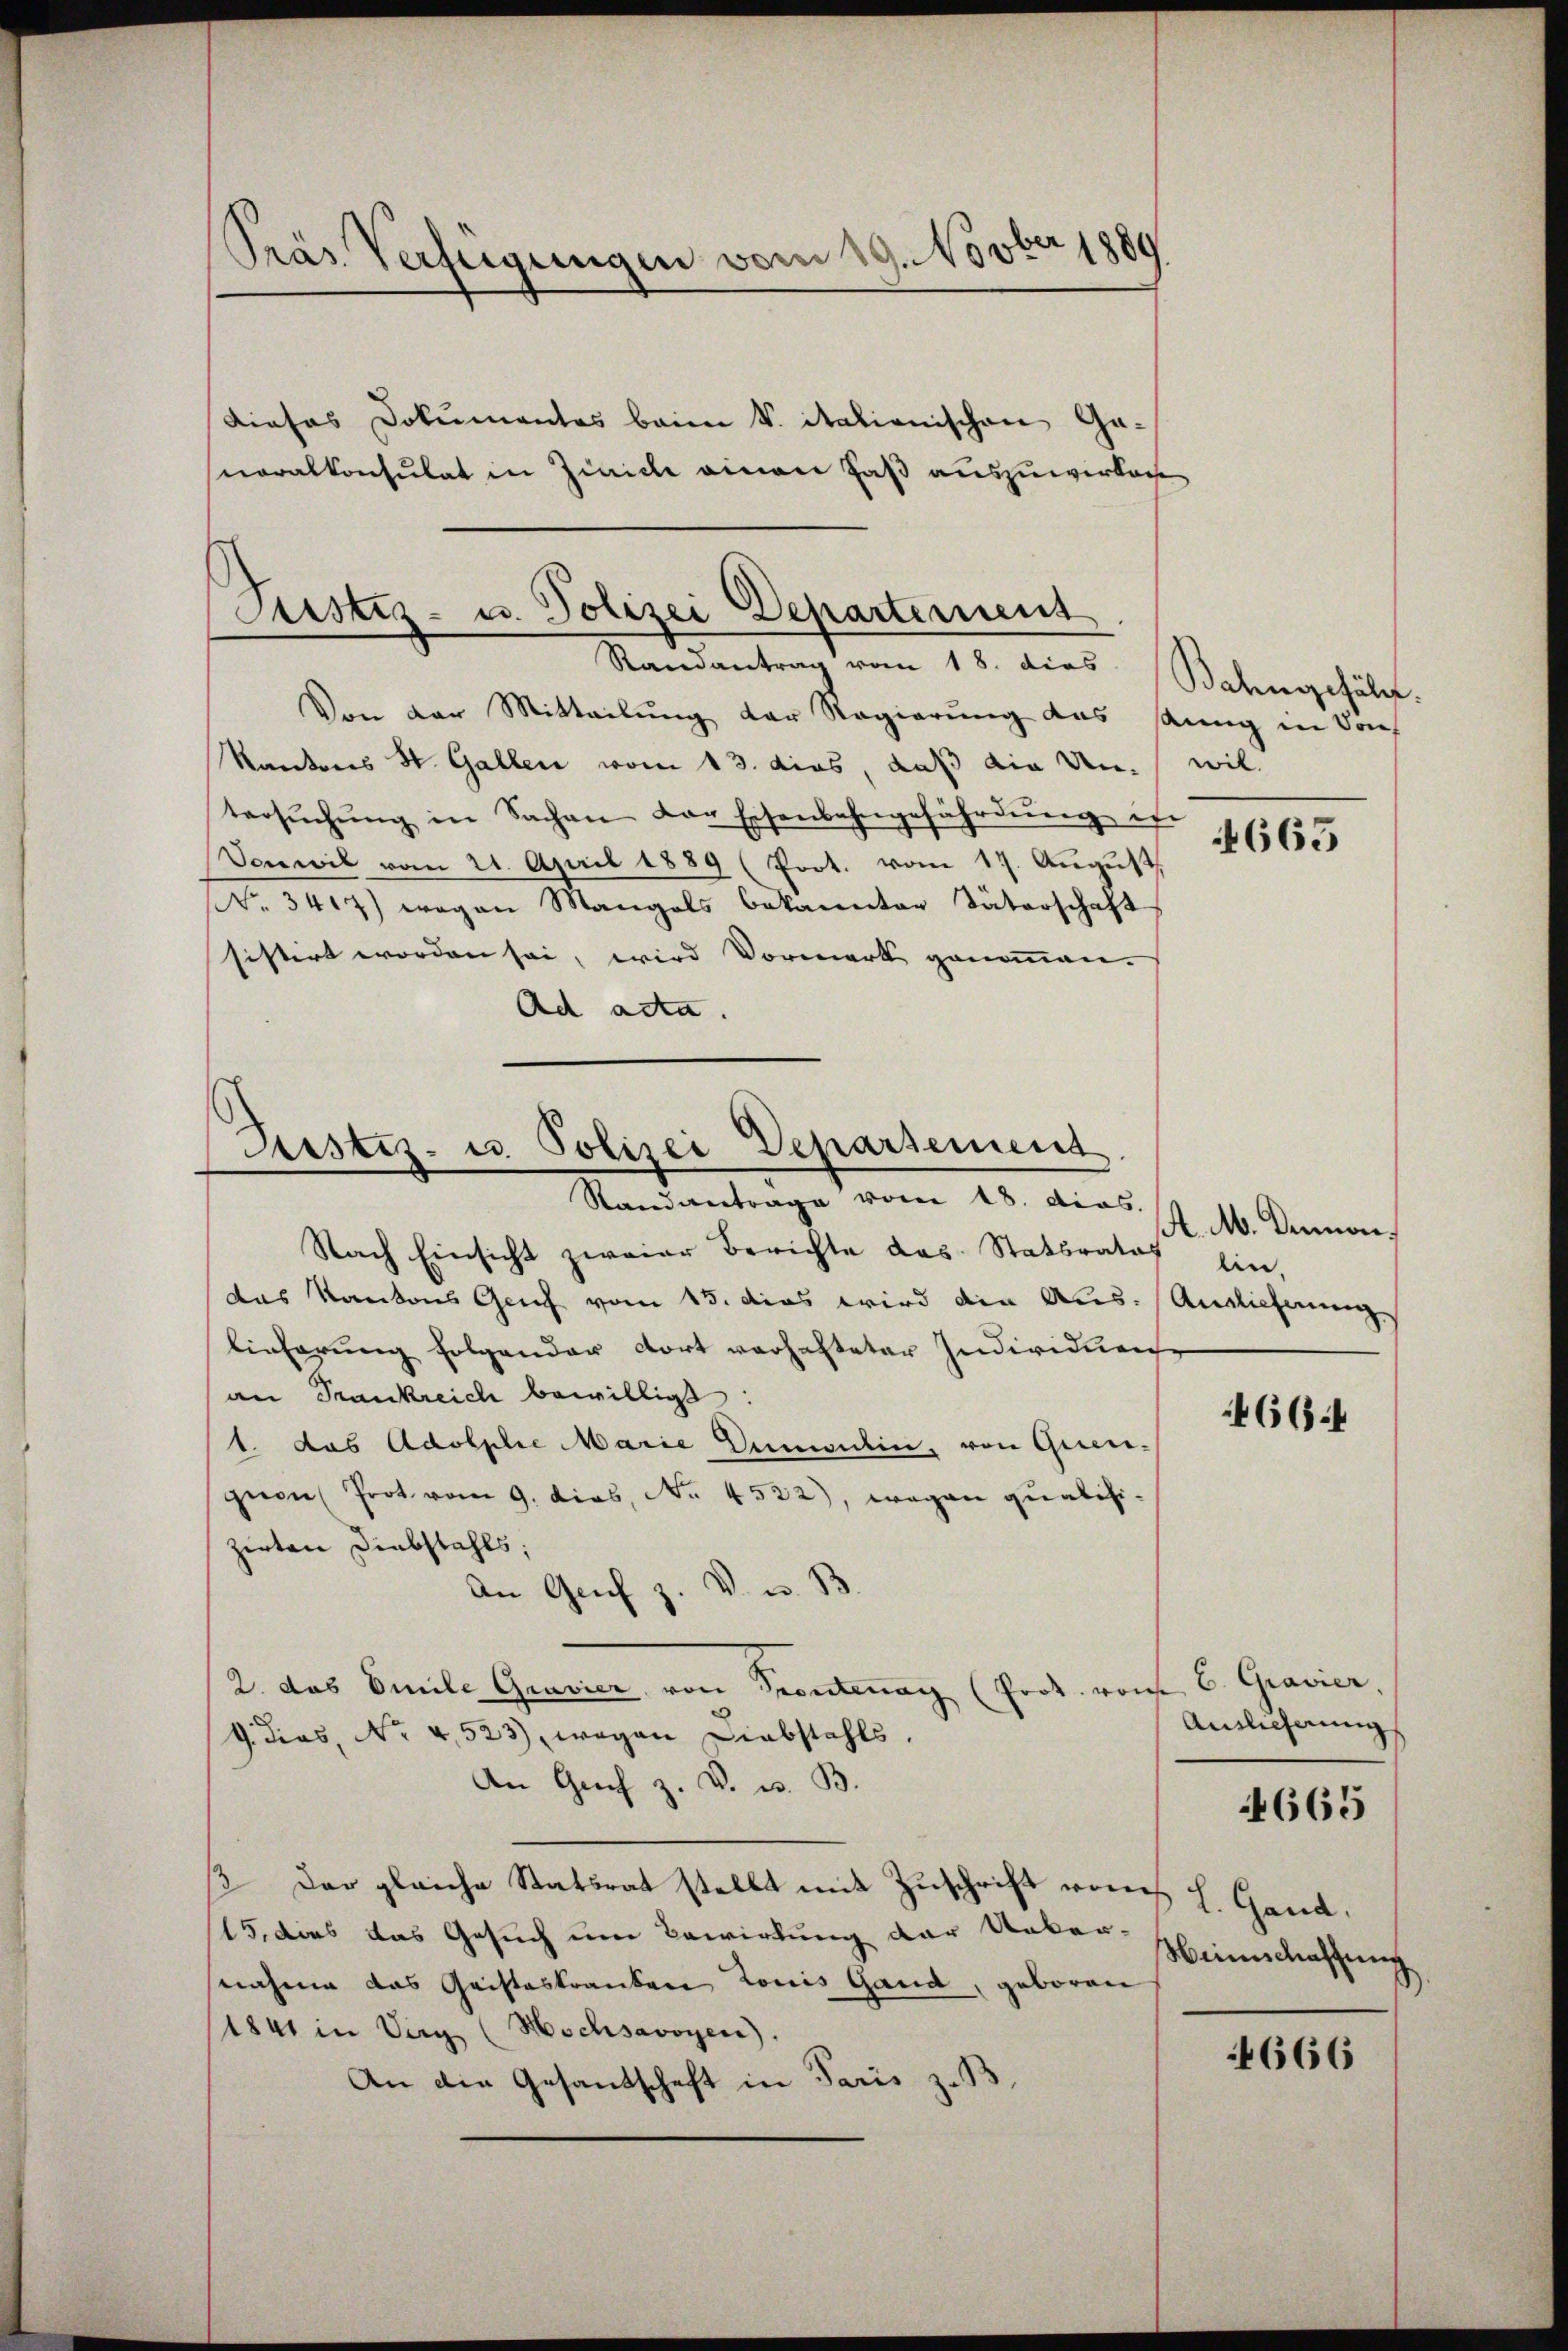
Präs. Verfügungen vom 19. Novber 1889

Dieses Dokumentes beim V. italionischen Ganeralkonsulat in Zürich einen Faß auszuwerken

Justiz- u. Polizei Departement
Randantrag vom 18. dies Bahngefäl

Von der Mitteilung der Regierung das sung in Dorf
Kantons St. Gallen vom 13. dies, daß die Unwiltersŭchŭng in Sachen der Eisenbahngefährdŭng is
Vonwil vom 21. April 1889 (Poot. vom 17. August
NNo. 3417) wegen Mangels bekannten Väterschaft
sistirt worden sei, wird Vormerk genommen.
Ad acta.

Justiz- u. Polizei Departement.
Randantrage vom 18. dies

Nach Einsicht zweier Berichte das Statbrates
das Kantons Genf vom 15. das wird die Aus-Anglicherung
lieferung folgender dort verhafteter Individuen
an Frankreich bewilligt:
1. das Adolphie Marie Dumontin, von Querguen Prot. vom 9. dies, No. 4522), wegen qualisizirten Diebstahls;
An Genf z. V. u. B.
2. das Emile Gravier von Seontrag (Prot. vom
G. dies, No 4,523), wegen Diebstahls.
An Gŭch z. B. u. B.
/. Der gleiche Statsrat stellt mit Zuschrift von L. Gand,
15. dies das Gesuch um Bewirkung der Uebernahme das Geisteskranken Louis Gand, geboren
1841 in Verg (Hochsavoyen).
An die Gesandschaft in Paris z. B.

4665

A. M. Dennonlin.

466 f

C. Gravier,
Annlicherung

4665

Weinschaffung

4666